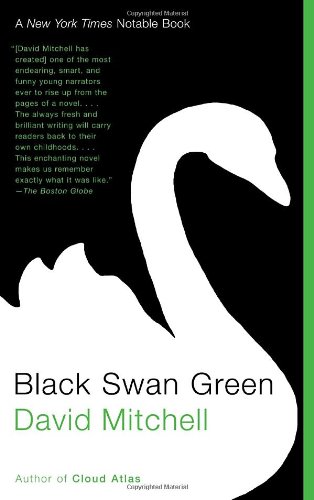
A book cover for Black Swan Green; David Mitchell; Literature & Fiction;